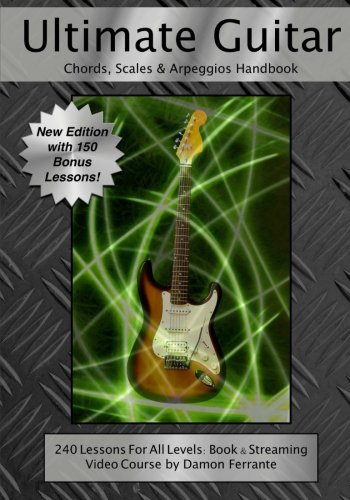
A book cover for Ultimate Guitar Chords, Scales & Arpeggios Handbook: 240 Lessons For All Levels: Book & Steaming Video Course; Damon Ferrante; Arts & Photography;